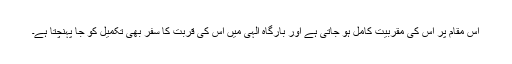
اس مقام پر اُس کی مقربیت کامل ہو جاتی ہے اور بارگاہ الٰہی میں اُس کی قربت کا سفر بھی تکمیل کو جا پہنچتا ہے۔